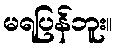
မရပြန်ဘူး။